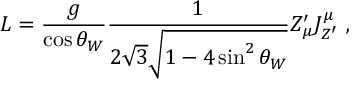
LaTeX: { \cal L } = { \frac { g } { \cos \theta _ { W } } } { \frac { 1 } { 2 \sqrt { 3 } \sqrt { 1 - 4 \sin ^ { 2 } \theta _ { W } } } } Z _ { \mu } ^ { \prime } J _ { Z ^ { \prime } } ^ { \mu } \ ,